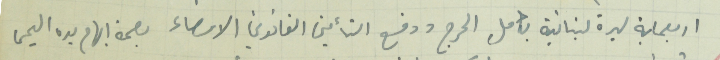
اربعماية ليرة لبنانية بكامل الحرج ودفع التأمين القانوني الامضاء بصمة ابهام يده اليمنى